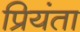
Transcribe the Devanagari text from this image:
प्रियंता